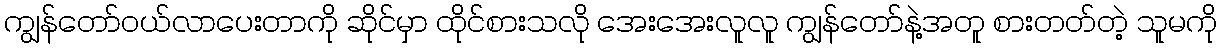
ကျွန်တော်ဝယ်လာပေးတာကို ဆိုင်မှာ ထိုင်စားသလို အေးအေးလူလူ ကျွန်တော်နဲ့အတူ စားတတ်တဲ့ သူမကို